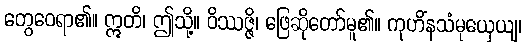
တွေဝေရာ၏။ ဣတိ၊ ဤသို့။ ဝိဿဇ္ဇိ၊ ဖြေဆိုတော်မူ၏။ ကုဟိံနသံမုယှေယျ၊